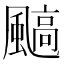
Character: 䬘